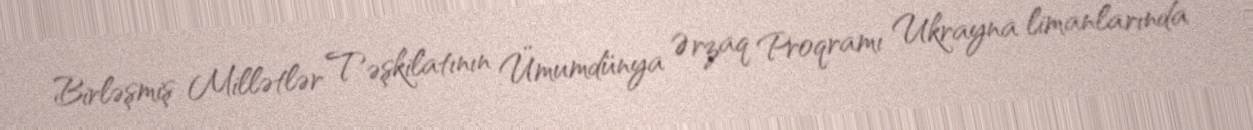
Birləşmiş Millətlər Təşkilatının Ümumdünya Ərzaq Proqramı Ukrayna limanlarında